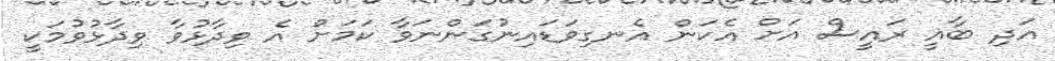
އަދި ބާޣީ ރައީސް އަށް އެކަން އެނގިވަޑައިނުގަންނަވާ ކަމަށް އެ ވިދާޅުވާ ވިދާޅުވުމަކީ